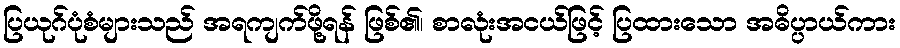
ပြယုဂ်ပုံစံများသည် အရကျက်ဖို့ရန် ဖြစ်၏၊ စာလုံးအငယ်ဖြင့် ပြထားသော အဓိပ္ပာယ်ကား